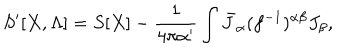
S ^ { \prime } [ X , \Lambda ] = S [ X ] - { \frac { 1 } { 4 \pi \alpha ^ { \prime } } } \int \bar { J } _ { \alpha } ( f ^ { - 1 } ) ^ { \alpha \beta } J _ { \beta } ,